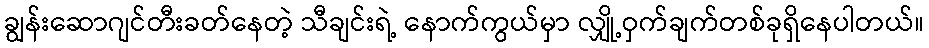
ချွန်းဆောဂျင်တီးခတ်နေတဲ့ သီချင်းရဲ့ နောက်ကွယ်မှာ လျှို့ဝှက်ချက်တစ်ခုရှိနေပါတယ်။